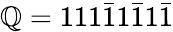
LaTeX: \mathbb{Q}=111{\bar{{1}}}1{\bar{{1}}}1{\bar{{1}}}